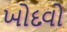
ખોદવો